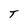
Character: T